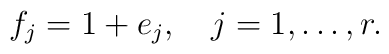
f_j=1+e_j,\quad j=1,\ldots,r.